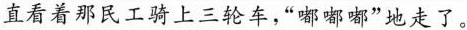
直看着那民工骑上三轮车，“嘟嘟嘟”地走了